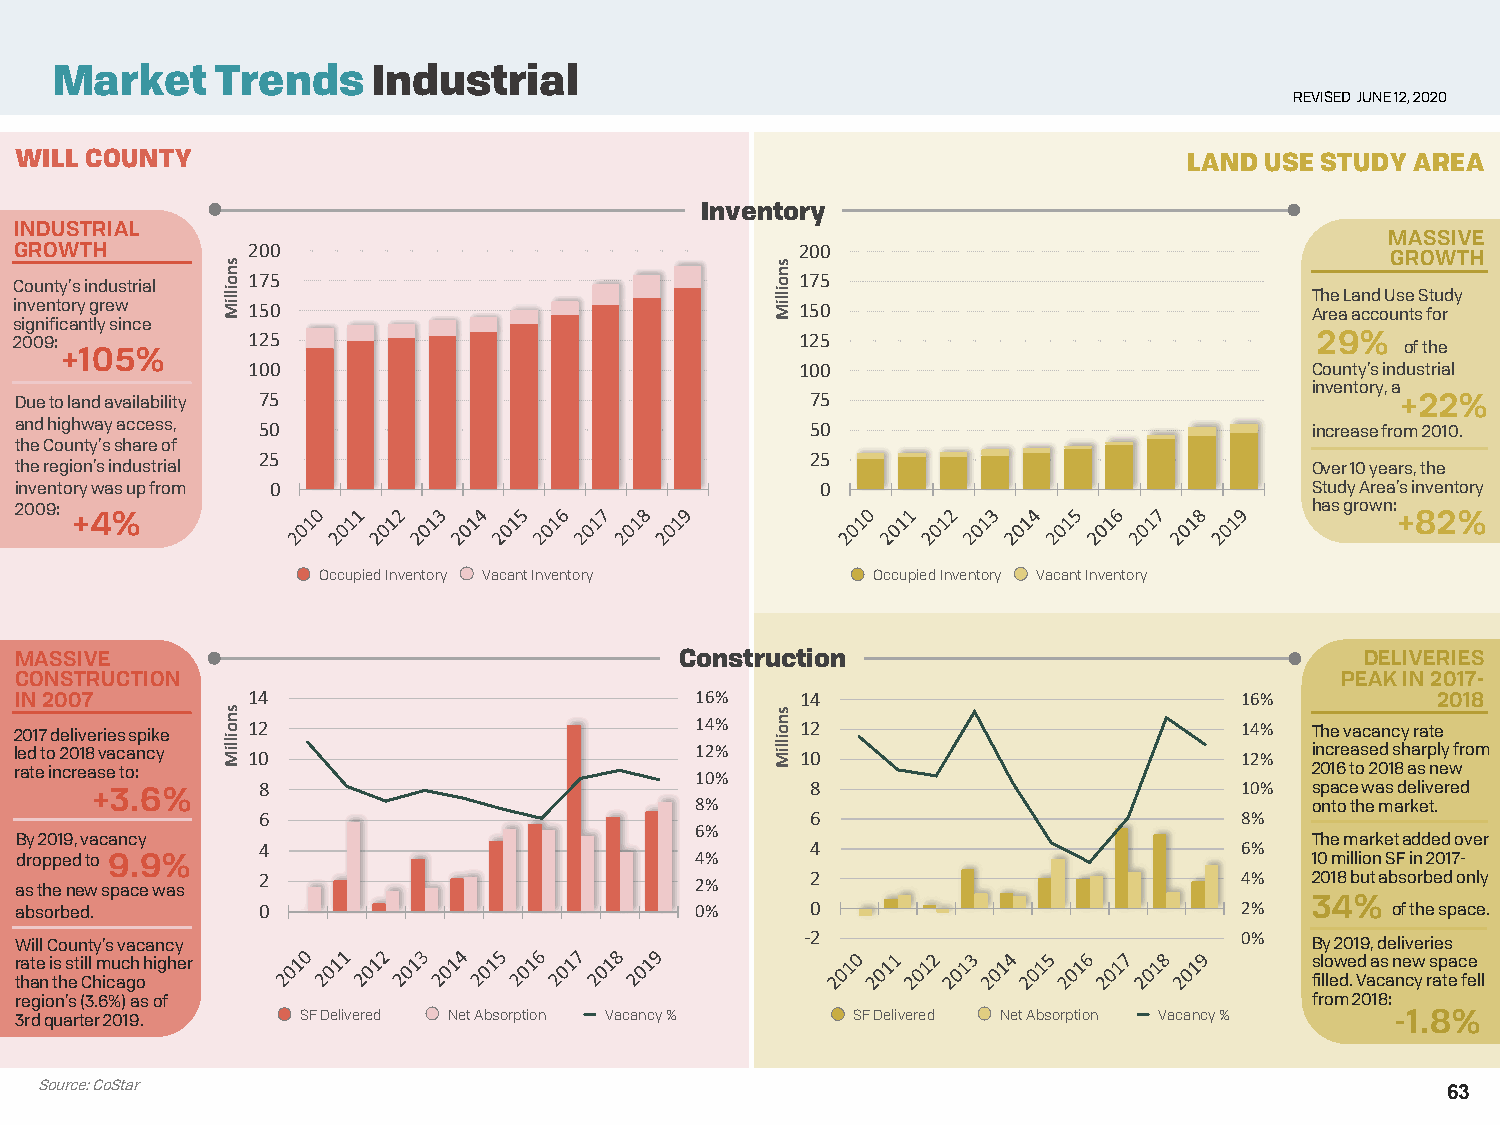
Market     Trends     Industrial
 REVISED JUNE 12, 2020
 WILL COUNTY                                                                   LAND USE STUDY AREA
 Inventory
 INDUSTRIAL
 MASSIVE
 GROWTH         200                                  200
 GROWTH
 175                                  175
 County’s industrial
 The Land Use Study
 inventory grew 150                                  150                               Area accounts for
 significantly since
 2009:          125                                  125                               29%   of the
 +105%
 100                                  100                               County’s industrial
 inventory, a
 Due to land availability 75                          75                                     +22%
 and highway access, 50                               50                               increase from 2010.
 the County’s share of
 25                                   25
 the region’s industrial                                                               Over 10 years, the
 inventory was up from 0                              0                                Study Area’s inventory
 2009:                                                                                 has grown:
 +4%                                                                                     +82%
 Occupied Inventory Vacant Inventory  Occupied Inventory Vacant Inventory
 MASSIVE                                     Construction                                 DELIVERIES
 CONSTRUCTION                                                                            PEAK IN 2017-
 IN 2007        14                            16%    14                           16%          2018
 2017 deliveries spike 12                     14%    12                           14%  The vacancy rate
 led to 2018 vacancy 10                       12%    10                           12%  increased sharply from
 rate increase to:                            10%                                      2016 to 2018 as new
 +3.6%      8                                    8                           10%  space was delivered
 8%                                       onto the market.
 6                                    6                           8%
 6%
 By 2019, vacancy                                                                      The market added over
 4                                    4                           6%
 dropped to 9.9%                              4%                                       10 million SF in 2017-
 as the new space was 2                       2%      2                           4%   2018 but absorbed only
 absorbed.       0                            0%      0                           2%   34%  of the space.
 Will County’s vacancy                               -2                           0%   By 2019, deliveries
 rate is still much higher                                                             slowed as new space
 than the Chicago                                                                      filled. Vacancy rate fell
 region’s (3.6%) as of                                                                 from 2018:
 3rd quarter 2019.  SF Delivered Net Absorption Vacancy % SF Delivered Net Absorption Vacancy % -1.8%
 Source: CoStar
 63
 snoilliM
 snoilliM
 snoilliM
 snoilliM